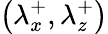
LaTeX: \left({\lambda}_{x}^{+},{\lambda}_{z}^{+}\right)